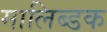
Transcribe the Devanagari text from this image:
मालिब्डक